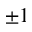
\pm 1